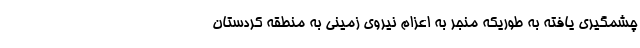
چشمگیری یافته به طوریکه منجر به اعزام نیروی زمینی به منطقه کردستان